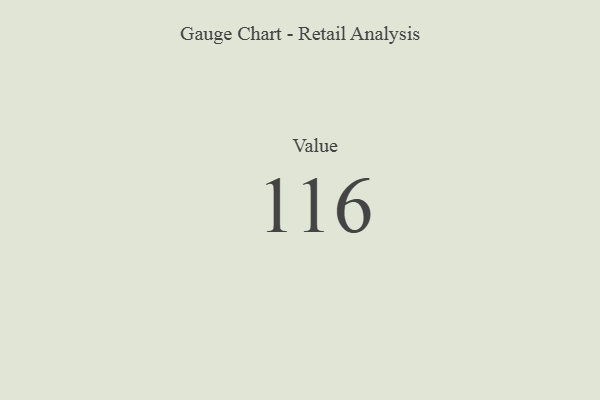
{"axis": {"x": "Metric", "y": "Value"}, "legend": [""], "data": [{"x": "Value", "y": 116, "type": ""}]}